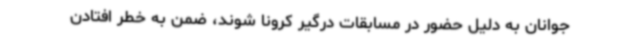
جوانان به دلیل حضور در مسابقات درگیر کرونا شوند، ضمن به خطر افتادن